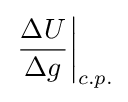
\left.{\frac {\Delta U}{\Delta g}}\right|_{c.p.}